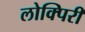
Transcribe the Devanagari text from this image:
लोक्पिरी